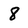
Character: 8